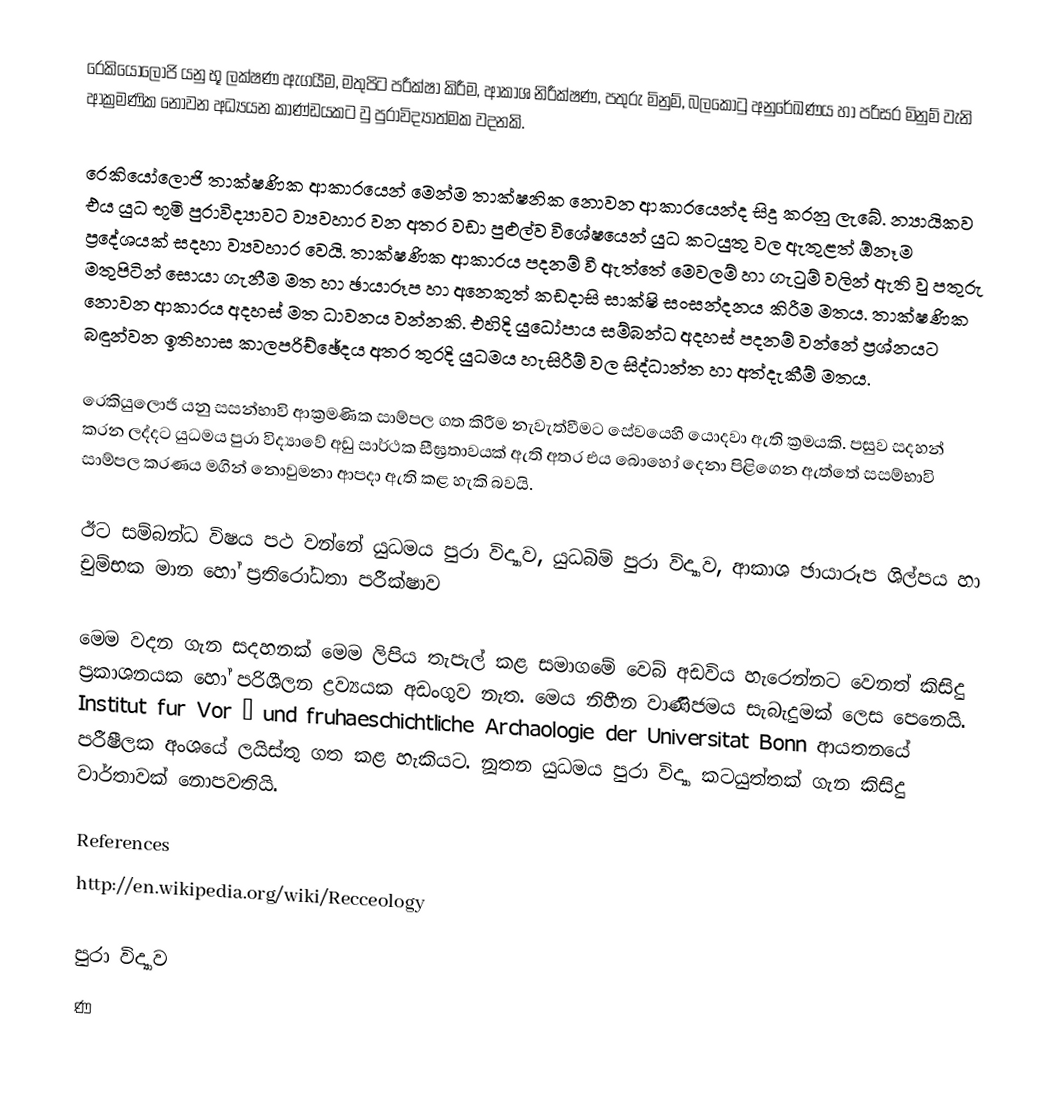
රෙකියෝලොජි යනු භූ ලක්ෂණ ඇගයීම, මතුපිට පරීක්ෂා කිරීම, ආකාශ නිරීක්ෂණ, පතුරු මිනුම්, බලකොටු අනුරේඛණය හා පරිසර මිනුම් වැනි ආක්‍රමණික නොවන අධ්‍යයන කාණ්ඩයකට වු පුරාවිද්‍යාත්මක වදනකි.

රෙකියෝලොජි තාක්ෂණික ආකාරයෙන් මෙන්ම තාක්ෂනික නොවන ආකාරයෙන්ද සිදු කරනු ලැබේ. න්‍යායිකව එය යුධ භූමි පුරාවිද්‍යාවට ව්‍යවහාර වන අතර වඩා පුළුල්ව විශේෂයෙන් යුධ කටයුතු වල ඇතුළත් ඕනෑම ප්‍රදේශයක් සදහා ව්‍යවහාර‍ වෙයි. තාක්ෂණික ආකාරය පදනම් වී ඇත්තේ මෙවලම් හා ගැටුම් වලින් ඇති වු පතුරු මතුපිටින් සොයා ගැනීම මත හා ඡායාරූප හා අනෙකුත් කඩදාසි සාක්ෂි සංසන්දනය කිරීම මතය. තාක්ෂණික නොවන ආකාරය අදහස් මත ධාවනය වන්නකි. එහිදි  යුධෝපාය සම්බන්ධ අදහස් පදනම් වන්නේ ප්‍රශ්නයට බඳුන්වන ඉතිහාස කාලපරිච්ඡේදය අතර තුරදි යුධමය හැසිරීම් වල සිද්ධාන්ත හා අත්දැකීම් මතය.

රෙකියුලොජි යනු සසන්භාවි ආක්‍රමණික සාම්පල ගත කිරීම නැවැත්වීමට සේවයෙහි යොදවා ඇති ක්‍රමයකි. පසුව සදහන් කරන ලද්දට යුධමය පුරා විද්‍යාවේ අඩු සාර්ථක සීඝ්‍රතාවයක් ඇති අතර එය බොහෝ දෙනා පිළිගෙන ඇත්තේ සසම්භාවි සාම්පල කරණය මගින් නොවුමනා ආපදා ඇති කළ හැකි බවයි.

ඊට සම්බන්ධ විෂය පථ වන්නේ යුධමය පුරා විද්‍යාව, යුධබිම් පුරා විද්‍යාව, ආකාශ ඡායාරූප ශිල්පය හා චුම්භක මාන හෝ ප්‍රතිරෝධතා පරීක්ෂාව

මෙම වදන ගැන සදහනක් මෙම ලිපිය තැපැල් කළ සමාගමේ වෙබ් අඩවිය හැරෙන්නට වෙනත් කිසිදු ප්‍රකාශනයක හෝ පරිශීලන ද්‍රව්‍යයක අඩංගුව නැත. මෙය නිහීන වාණිජමය සැබැදුමක් ලෙස පෙනෙයි. Institut fur Vor – und fruhaeschichtliche Archaologie der Universitat Bonn ආයතනයේ පරීෂීලක අංශයේ ලයිස්තු ගත කළ හැකියට. නූතන යුධමය පුරා විද්‍යා කටයුත්තක් ගැන කිසිදු වාර්තාවක් නොපවතියි.

References
http://en.wikipedia.org/wiki/Recceology

පුරා විද්‍යාව
ණ